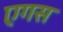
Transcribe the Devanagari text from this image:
एगस